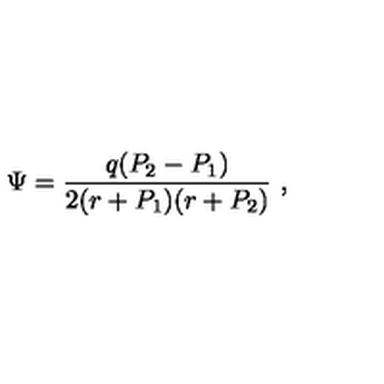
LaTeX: \Psi = { \frac { q ( P _ { 2 } - P _ { 1 } ) } { 2 ( r + P _ { 1 } ) ( r + P _ { 2 } ) } } \ ,